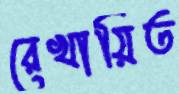
রেখায়িত